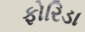
ફોરિડા